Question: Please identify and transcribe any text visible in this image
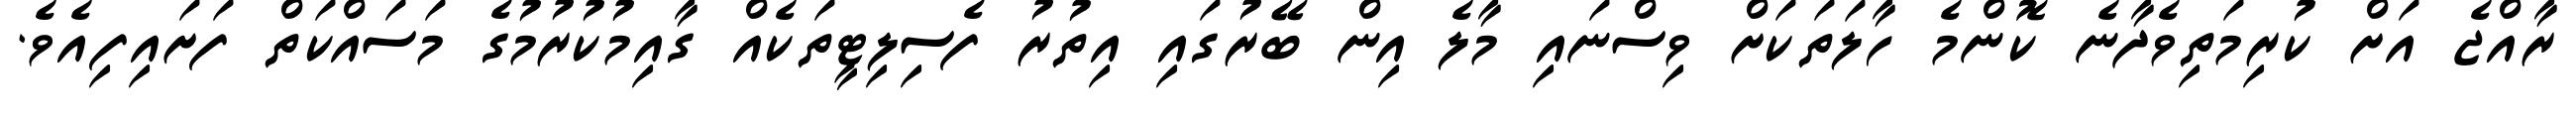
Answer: ރާއްޖެ އަށް ކުރިމަތިވެދާނެ ކޮންމެ ހާލަތަކަށް ވިސްނައި މާލެ އިން ބޭރުގައި އިތުރު ފެސިލިޓީތަކެއް ގާއިމުކުރުމުގެ މަސައްކަތް ފަށައިފިއެވެ.